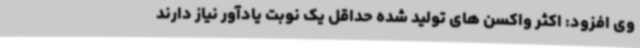
وی افزود: اکثر واکسن های تولید شده حداقل یک نوبت یادآور نیاز دارند